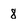
Character: 8